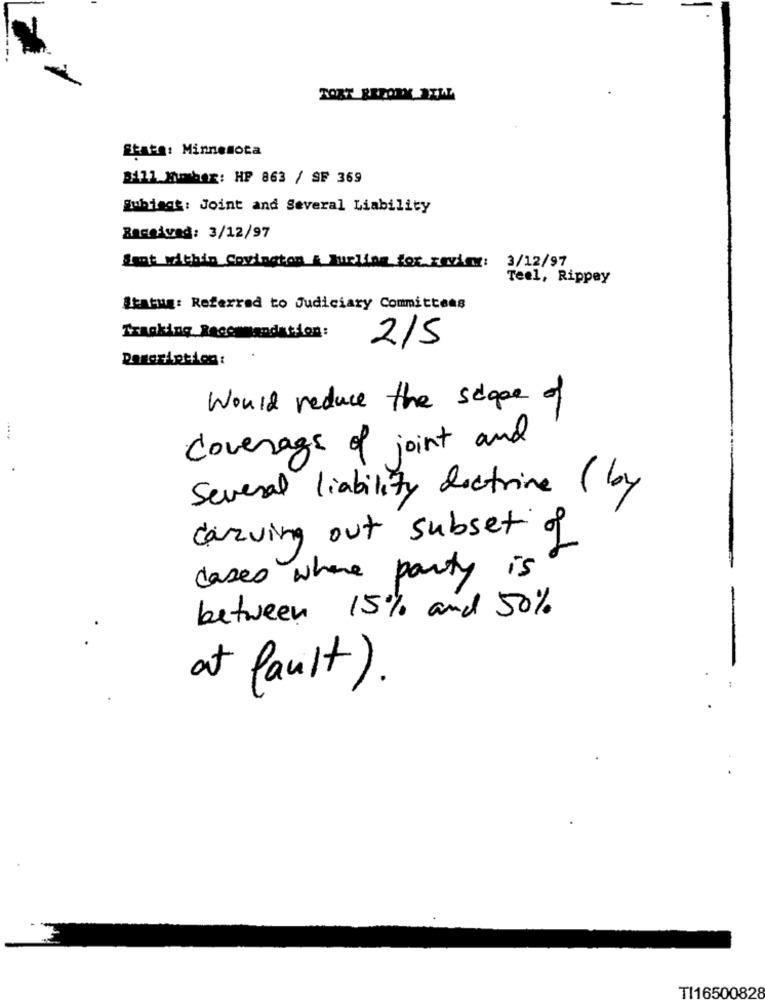
TORT REZORK 2EWL
State: Minnesota
Bill number: HP 863 / SF 369
Lubiagt: Joint and Several Liability
Bacosvad: 3/12/97
Somt within Covington & Fuetion for review: 3/12/97
Teel, Rippey
Statug: Referred to Judiciary Committees
Tracking Recommandation:
215
Would reduce the scope of
Coverage of joint and
Several liability doctrine (by
carving out subset of
cases where party is
between 15% and 50%
at fault ) .
TI16500828